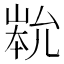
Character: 𡹿